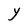
Character: Y